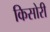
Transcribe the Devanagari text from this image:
किसोरी